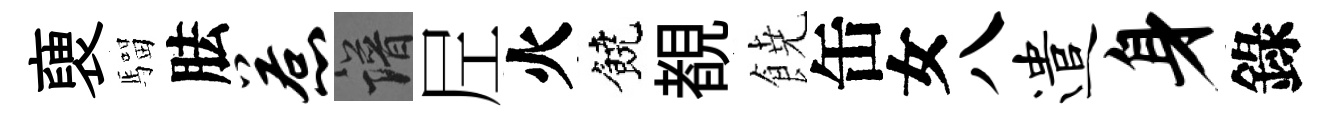
褏騮胠惹譜𡰱火饒覩𩜙缶女八遣身錄